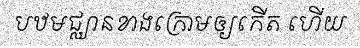
បឋមជ្ឈានខាងក្រោមឲ្យកើត ហើយ